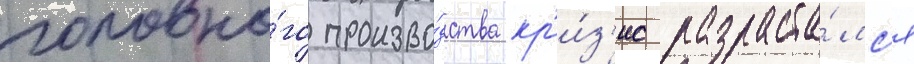
головно́го произво́дства кр'и́з'ис разраста́лс'я